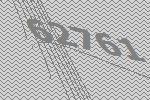
62761